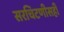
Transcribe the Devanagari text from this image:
सरचिटणीसही